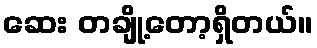
ဆေး တချို့တော့ရှိတယ်။